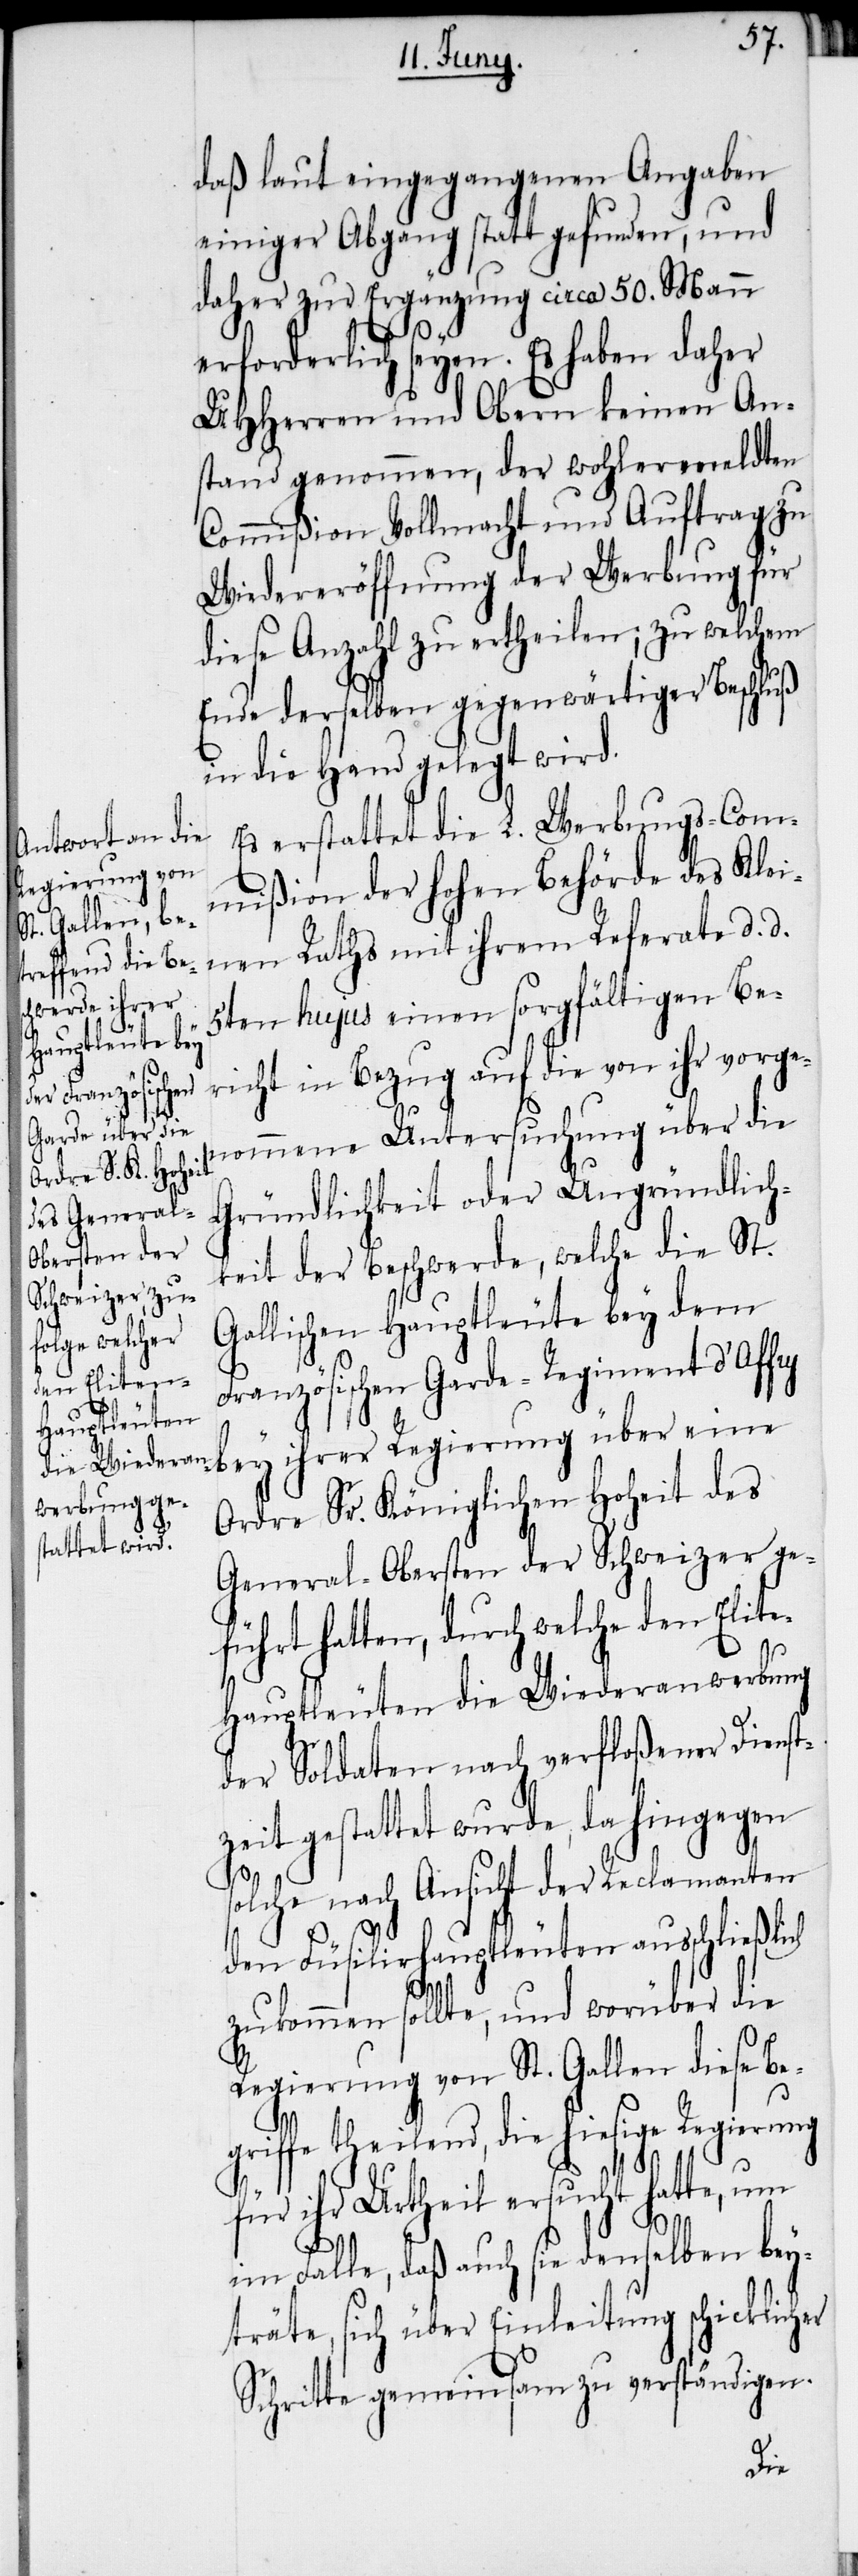
z¬

daß laut eingegangenen Angaben
einiger Abgang statt gefunden, und
daher zur Ergänzung circa 50. Mann
erforderlich seyen. Es haben daher
UHHerren und Obern keinen An¬
stand genommen, der wohlermeldten
Commißion Vollmacht und Auftrag zu
Wiedereröffnung der Werbung für
diese Anzahl zu ertheilen; zu welchem
Ende derselben gegenwärtiger Beschluß
in die Hand gelegt wird.
Es erstattet die L. Werbungs-Com¬
mißion der hohen Behörde des Klei¬
nen Raths mit ihrem Referate d. d.
5ten hujus einen sorgfältigen Be¬
richt in Bezug auf die von ihr vorge¬
nommene Untersuchung über die
Gründlichkeit oder Ungründlich¬
keit der Beschwerde, welche die St.
Gallischen Hauptleute bey dem
Französischen Garde-Regiment d’Affry
bey ihrer Regierung über eine
Ordre Sr. Königlichen Hoheit des
General-Obersten der Schweizer ge¬
führt hatten, durch welche den Elit¬
e-Hauptleuten die Wiederanwerbung
der Soldaten nach verfloßener Dienst¬
eit gestattet wurde, da hingegen
solche nach Ansicht der Reclamanten
den Füsilirhauptleuten ausschließlich
zukommen sollte, und worüber die
Regierung von St. Gallen diese Be¬
griffe theilend, die hiesige Regierung
für ihr Urtheil ersucht hatte, um
im Falle, daß auch sie denselben bey¬
träte, sich über Einleitung schicklicher
Schritte gemeinsam zu verständigen.